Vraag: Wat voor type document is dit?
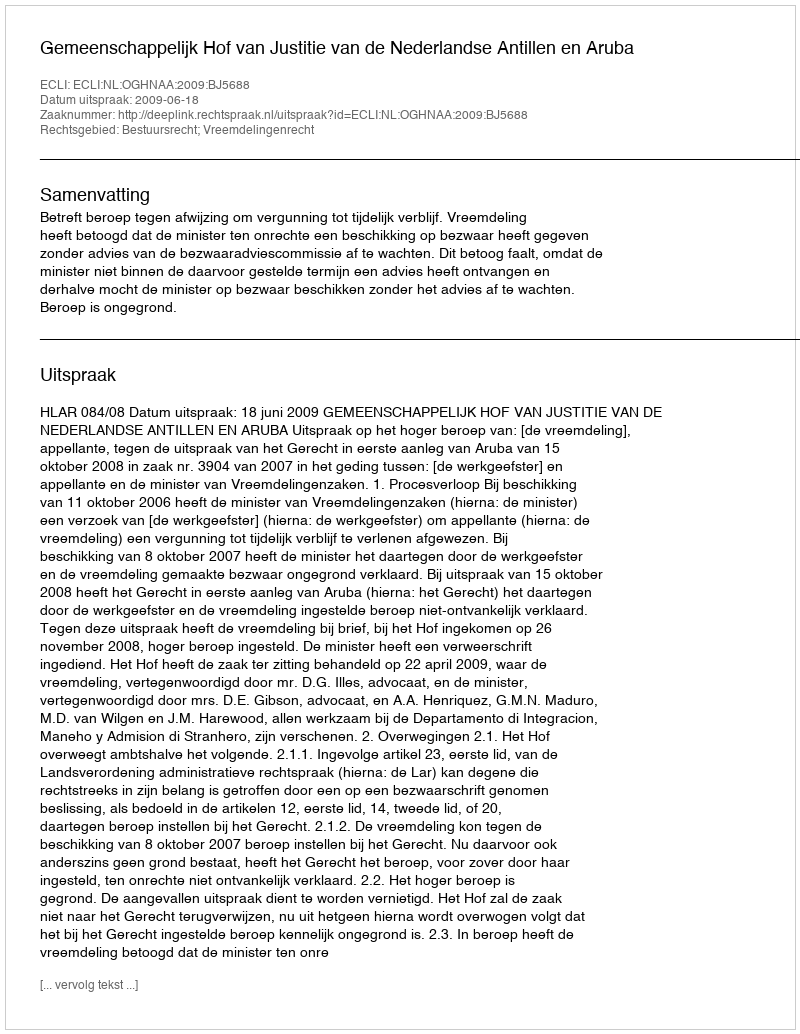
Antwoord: Uitspraak